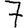
Digit: 7